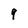
Character: 9